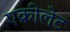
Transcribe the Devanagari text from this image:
एक्रीलेट